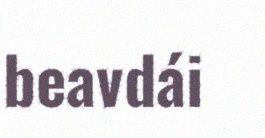
beavdái